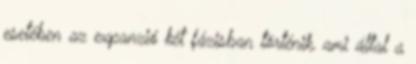
esetében az expanzió két fázisban történik, ami által a